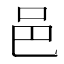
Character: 邑